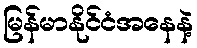
မြန်မာနိုင်ငံအနေနဲ့